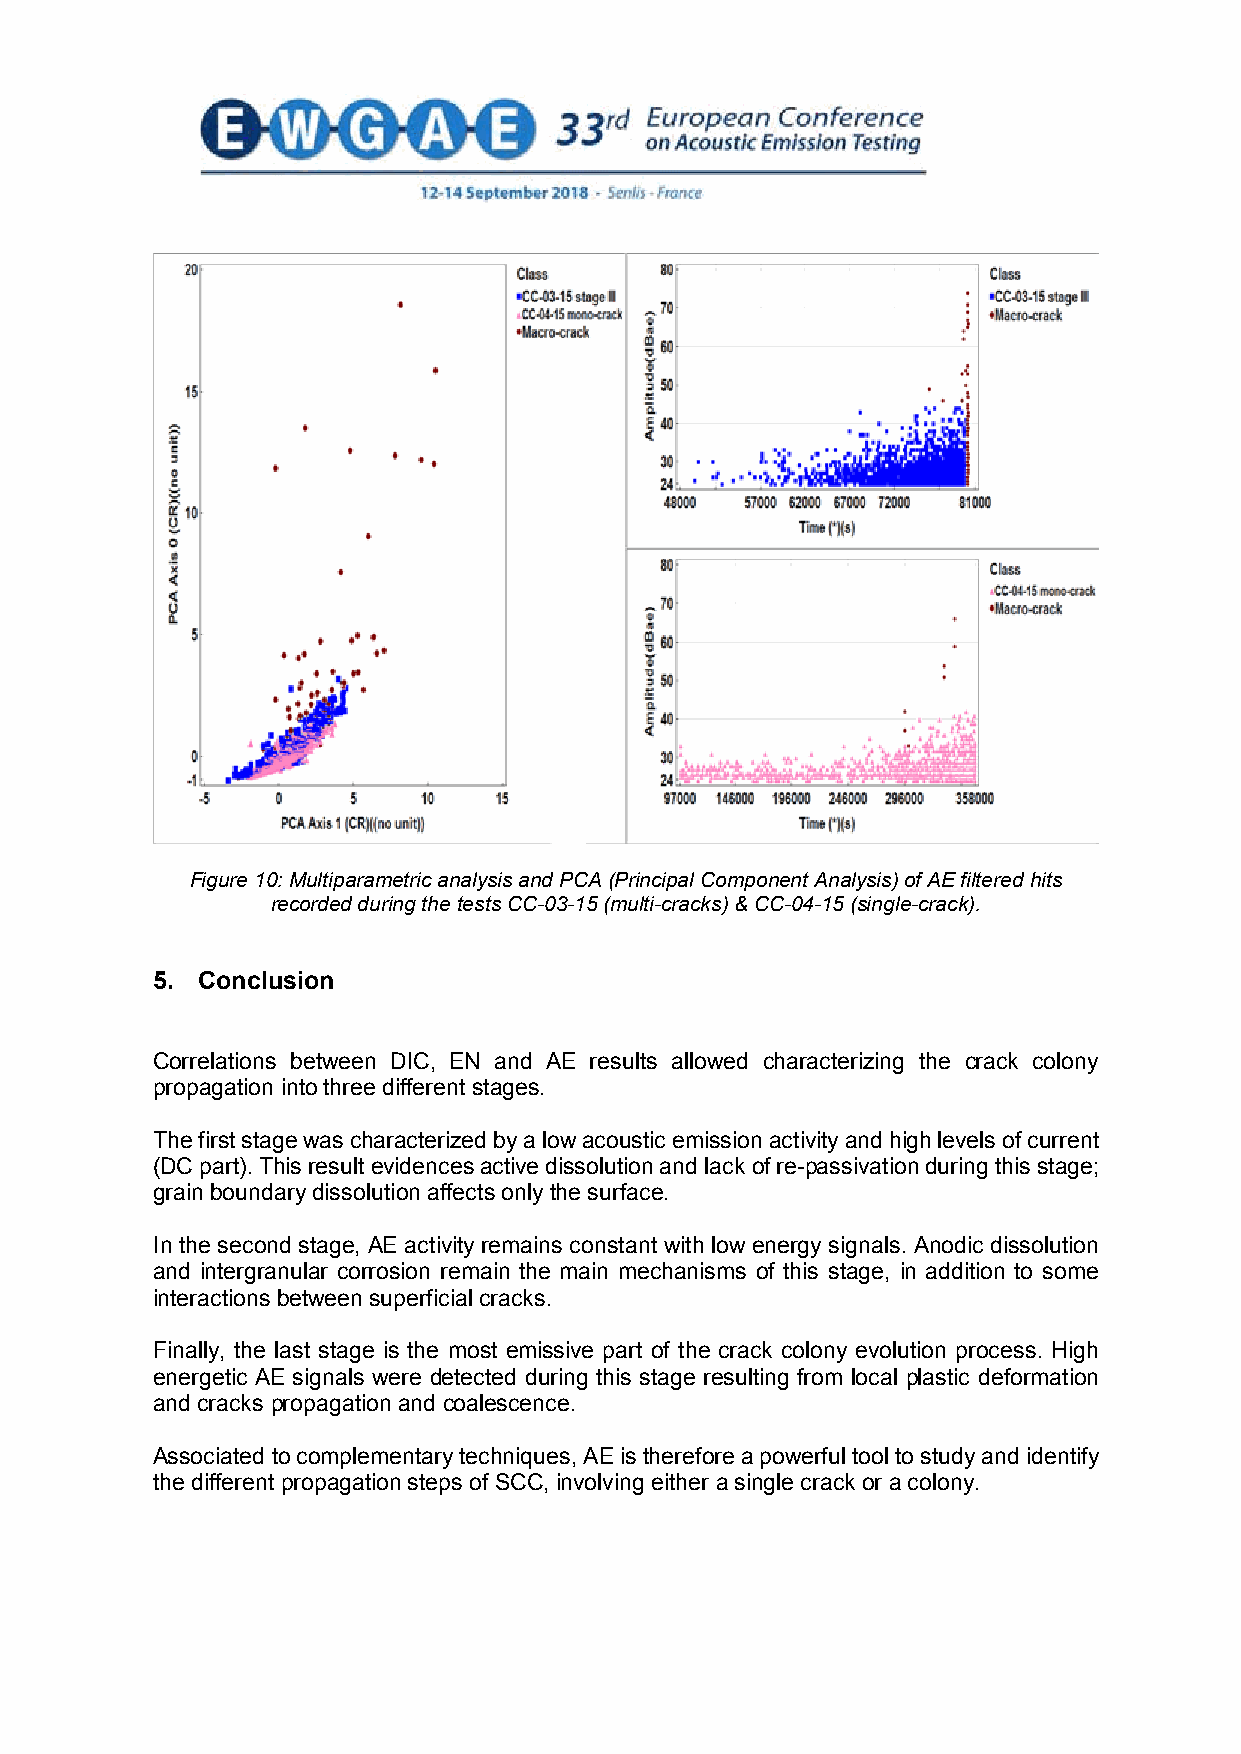
Figure 10: Multiparametric analysis and PCA (Principal Component Analysis) of AE filtered hits
 recorded during the tests CC-03-15 (multi-cracks) & CC-04-15 (single-crack).
 5. Conclusion
 Correlations between DIC, EN and AE results allowed characterizing the crack colony
 propagation into three different stages.
 The first stage was characterized by a low acoustic emission activity and high levels of current
 (DC part). This result evidences active dissolution and lack of re-passivation during this stage;
 grain boundary dissolution affects only the surface.
 In the second stage, AE activity remains constant with low energy signals. Anodic dissolution
 and intergranular corrosion remain the main mechanisms of this stage, in addition to some
 interactions between superficial cracks.
 Finally, the last stage is the most emissive part of the crack colony evolution process. High
 energetic AE signals were detected during this stage resulting from local plastic deformation
 and cracks propagation and coalescence.
 Associated to complementary techniques, AE is therefore a powerful tool to study and identify
 the different propagation steps of SCC, involving either a single crack or a colony.
 12